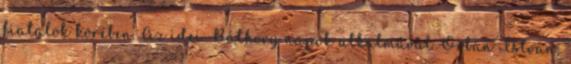
fiatalok körében. Az idei Báthory napok alkalmával Orbán István,